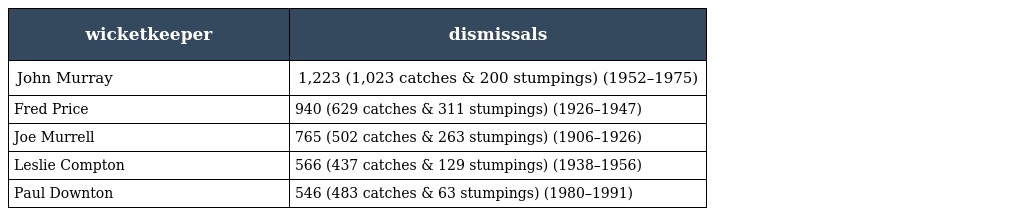
| wicketkeeper | dismissals |
 | --- | --- |
 | John Murray | 1,223 (1,023 catches & 200 stumpings) (1952–1975) |
 | Fred Price | 940 (629 catches & 311 stumpings) (1926–1947) |
 | Joe Murrell | 765 (502 catches & 263 stumpings) (1906–1926) |
 | Leslie Compton | 566 (437 catches & 129 stumpings) (1938–1956) |
 | Paul Downton | 546 (483 catches & 63 stumpings) (1980–1991) |